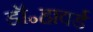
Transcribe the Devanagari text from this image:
डॉ॰हावर्ड